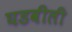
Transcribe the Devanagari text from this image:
घडवीली